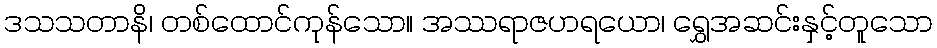
ဒသသတာနိ၊ တစ်ထောင်ကုန်သော။ အဿရာဇဟရယော၊ ရွှေအဆင်းနှင့်တူသော